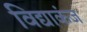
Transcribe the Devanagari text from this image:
विद्याकंज